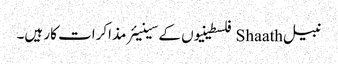
نبیل Shaath فلسطینیوں کے سینیئر مذاکرات کار ہیں۔